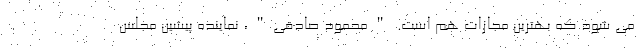
می شود که بهترین مجازات هم است. "محمود صادقی"، نماینده پیشین مجلس